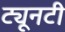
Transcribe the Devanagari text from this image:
ट्यूनटी